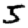
Digit: 5